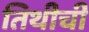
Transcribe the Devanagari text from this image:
तिथीची